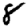
Digit: 8